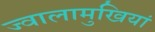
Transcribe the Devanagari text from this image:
ज्वालामुखियां